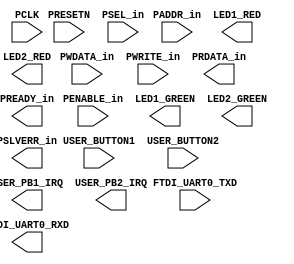
`timescale 1 ns/100 ps
// Version: 


module BasicIO_Interface(
       FTDI_UART0_TXD,
       PADDR_in,
       PCLK,
       PENABLE_in,
       PRESETN,
       PSEL_in,
       PWDATA_in,
       PWRITE_in,
       USER_BUTTON1,
       USER_BUTTON2,
       FTDI_UART0_RXD,
       LED1_GREEN,
       LED1_RED,
       LED2_GREEN,
       LED2_RED,
       PRDATA_in,
       PREADY_in,
       PSLVERR_in,
       USER_PB1_IRQ,
       USER_PB2_IRQ
    ) ;
/* synthesis syn_black_box

syn_tsu0 = " FTDI_UART0_TXD->PCLK = 0"
syn_tsu1 = " PADDR_in[0]->PCLK = 4.275"
syn_tsu2 = " PADDR_in[10]->PCLK = 4.357"
syn_tsu3 = " PADDR_in[11]->PCLK = 4.26"
syn_tsu4 = " PADDR_in[1]->PCLK = 4.157"
syn_tsu5 = " PADDR_in[2]->PCLK = 4.176"
syn_tsu6 = " PADDR_in[3]->PCLK = 4.149"
syn_tsu7 = " PADDR_in[4]->PCLK = 1.943"
syn_tsu8 = " PADDR_in[5]->PCLK = 1.692"
syn_tsu9 = " PADDR_in[6]->PCLK = 2.901"
syn_tsu10 = " PADDR_in[7]->PCLK = 2.849"
syn_tsu11 = " PADDR_in[8]->PCLK = 3.245"
syn_tsu12 = " PADDR_in[9]->PCLK = 4.475"
syn_tsu13 = " PENABLE_in->PCLK = 2.016"
syn_tsu14 = " PRESETN->PCLK = 0"
syn_tsu15 = " PSEL_in->PCLK = 4.208"
syn_tsu16 = " PWDATA_in[0]->PCLK = 0"
syn_tsu17 = " PWDATA_in[1]->PCLK = 0"
syn_tsu18 = " PWDATA_in[2]->PCLK = 0"
syn_tsu19 = " PWDATA_in[3]->PCLK = 0"
syn_tsu20 = " PWDATA_in[4]->PCLK = 0"
syn_tsu21 = " PWDATA_in[5]->PCLK = 0"
syn_tsu22 = " PWDATA_in[6]->PCLK = 0"
syn_tsu23 = " PWDATA_in[7]->PCLK = 0"
syn_tsu24 = " PWRITE_in->PCLK = 2.078"
syn_tsu25 = " USER_BUTTON1->PCLK = 0"
syn_tsu26 = " USER_BUTTON2->PCLK = 0"
syn_tpd0 = " PADDR_in[0]->PRDATA_in[0] = 8.198"
syn_tpd1 = " PADDR_in[0]->PRDATA_in[1] = 8.198"
syn_tpd2 = " PADDR_in[0]->PRDATA_in[2] = 5.939"
syn_tpd3 = " PADDR_in[0]->PRDATA_in[3] = 5.939"
syn_tpd4 = " PADDR_in[0]->PRDATA_in[4] = 5.939"
syn_tpd5 = " PADDR_in[0]->PRDATA_in[5] = 5.939"
syn_tpd6 = " PADDR_in[10]->PRDATA_in[0] = 4.541"
syn_tpd7 = " PADDR_in[10]->PRDATA_in[1] = 4.541"
syn_tpd8 = " PADDR_in[10]->PRDATA_in[2] = 5.503"
syn_tpd9 = " PADDR_in[10]->PRDATA_in[3] = 5.503"
syn_tpd10 = " PADDR_in[10]->PRDATA_in[4] = 5.503"
syn_tpd11 = " PADDR_in[10]->PRDATA_in[5] = 5.503"
syn_tpd12 = " PADDR_in[10]->PRDATA_in[6] = 4.488"
syn_tpd13 = " PADDR_in[10]->PRDATA_in[7] = 4.488"
syn_tpd14 = " PADDR_in[11]->PRDATA_in[0] = 4.444"
syn_tpd15 = " PADDR_in[11]->PRDATA_in[1] = 4.444"
syn_tpd16 = " PADDR_in[11]->PRDATA_in[2] = 5.406"
syn_tpd17 = " PADDR_in[11]->PRDATA_in[3] = 5.406"
syn_tpd18 = " PADDR_in[11]->PRDATA_in[4] = 5.406"
syn_tpd19 = " PADDR_in[11]->PRDATA_in[5] = 5.406"
syn_tpd20 = " PADDR_in[11]->PRDATA_in[6] = 4.391"
syn_tpd21 = " PADDR_in[11]->PRDATA_in[7] = 4.391"
syn_tpd22 = " PADDR_in[1]->PRDATA_in[0] = 8.080"
syn_tpd23 = " PADDR_in[1]->PRDATA_in[1] = 8.080"
syn_tpd24 = " PADDR_in[1]->PRDATA_in[2] = 5.821"
syn_tpd25 = " PADDR_in[1]->PRDATA_in[3] = 5.821"
syn_tpd26 = " PADDR_in[1]->PRDATA_in[4] = 5.821"
syn_tpd27 = " PADDR_in[1]->PRDATA_in[5] = 5.821"
syn_tpd28 = " PADDR_in[2]->PRDATA_in[0] = 8.108"
syn_tpd29 = " PADDR_in[2]->PRDATA_in[1] = 8.108"
syn_tpd30 = " PADDR_in[2]->PRDATA_in[2] = 5.840"
syn_tpd31 = " PADDR_in[2]->PRDATA_in[3] = 5.840"
syn_tpd32 = " PADDR_in[2]->PRDATA_in[4] = 5.840"
syn_tpd33 = " PADDR_in[2]->PRDATA_in[5] = 5.840"
syn_tpd34 = " PADDR_in[3]->PRDATA_in[0] = 8.075"
syn_tpd35 = " PADDR_in[3]->PRDATA_in[1] = 8.075"
syn_tpd36 = " PADDR_in[3]->PRDATA_in[2] = 5.813"
syn_tpd37 = " PADDR_in[3]->PRDATA_in[3] = 5.813"
syn_tpd38 = " PADDR_in[3]->PRDATA_in[4] = 5.813"
syn_tpd39 = " PADDR_in[3]->PRDATA_in[5] = 5.813"
syn_tpd40 = " PADDR_in[4]->PRDATA_in[0] = 5.792"
syn_tpd41 = " PADDR_in[4]->PRDATA_in[1] = 5.792"
syn_tpd42 = " PADDR_in[4]->PRDATA_in[2] = 3.506"
syn_tpd43 = " PADDR_in[4]->PRDATA_in[3] = 3.506"
syn_tpd44 = " PADDR_in[4]->PRDATA_in[4] = 3.506"
syn_tpd45 = " PADDR_in[4]->PRDATA_in[5] = 3.506"
syn_tpd46 = " PADDR_in[5]->PRDATA_in[0] = 5.613"
syn_tpd47 = " PADDR_in[5]->PRDATA_in[1] = 5.613"
syn_tpd48 = " PADDR_in[5]->PRDATA_in[2] = 3.354"
syn_tpd49 = " PADDR_in[5]->PRDATA_in[3] = 3.354"
syn_tpd50 = " PADDR_in[5]->PRDATA_in[4] = 3.354"
syn_tpd51 = " PADDR_in[5]->PRDATA_in[5] = 3.354"
syn_tpd52 = " PADDR_in[6]->PRDATA_in[0] = 6.842"
syn_tpd53 = " PADDR_in[6]->PRDATA_in[1] = 6.842"
syn_tpd54 = " PADDR_in[6]->PRDATA_in[2] = 4.565"
syn_tpd55 = " PADDR_in[6]->PRDATA_in[3] = 4.565"
syn_tpd56 = " PADDR_in[6]->PRDATA_in[4] = 4.565"
syn_tpd57 = " PADDR_in[6]->PRDATA_in[5] = 4.565"
syn_tpd58 = " PADDR_in[7]->PRDATA_in[0] = 6.772"
syn_tpd59 = " PADDR_in[7]->PRDATA_in[1] = 6.772"
syn_tpd60 = " PADDR_in[7]->PRDATA_in[2] = 4.513"
syn_tpd61 = " PADDR_in[7]->PRDATA_in[3] = 4.513"
syn_tpd62 = " PADDR_in[7]->PRDATA_in[4] = 4.513"
syn_tpd63 = " PADDR_in[7]->PRDATA_in[5] = 4.513"
syn_tpd64 = " PADDR_in[8]->PRDATA_in[0] = 3.429"
syn_tpd65 = " PADDR_in[8]->PRDATA_in[1] = 3.429"
syn_tpd66 = " PADDR_in[8]->PRDATA_in[2] = 4.391"
syn_tpd67 = " PADDR_in[8]->PRDATA_in[3] = 4.391"
syn_tpd68 = " PADDR_in[8]->PRDATA_in[4] = 4.391"
syn_tpd69 = " PADDR_in[8]->PRDATA_in[5] = 4.391"
syn_tpd70 = " PADDR_in[8]->PRDATA_in[6] = 3.376"
syn_tpd71 = " PADDR_in[8]->PRDATA_in[7] = 3.376"
syn_tpd72 = " PADDR_in[9]->PRDATA_in[0] = 4.659"
syn_tpd73 = " PADDR_in[9]->PRDATA_in[1] = 4.659"
syn_tpd74 = " PADDR_in[9]->PRDATA_in[2] = 5.621"
syn_tpd75 = " PADDR_in[9]->PRDATA_in[3] = 5.621"
syn_tpd76 = " PADDR_in[9]->PRDATA_in[4] = 5.621"
syn_tpd77 = " PADDR_in[9]->PRDATA_in[5] = 5.621"
syn_tpd78 = " PADDR_in[9]->PRDATA_in[6] = 4.606"
syn_tpd79 = " PADDR_in[9]->PRDATA_in[7] = 4.606"
syn_tco80 = " PCLK->FTDI_UART0_RXD = 4.166"
syn_tco81 = " PCLK->LED1_GREEN = 4.174"
syn_tco82 = " PCLK->LED1_RED = 4.174"
syn_tco83 = " PCLK->LED2_GREEN = 4.174"
syn_tco84 = " PCLK->LED2_RED = 4.174"
syn_tco85 = " PCLK->PRDATA_in[0] = 7.470"
syn_tco86 = " PCLK->PRDATA_in[1] = 7.382"
syn_tco87 = " PCLK->PRDATA_in[2] = 6.196"
syn_tco88 = " PCLK->PRDATA_in[3] = 6.196"
syn_tco89 = " PCLK->PRDATA_in[4] = 6.196"
syn_tco90 = " PCLK->PRDATA_in[5] = 6.196"
syn_tco91 = " PCLK->PRDATA_in[6] = 5.325"
syn_tco92 = " PCLK->PRDATA_in[7] = 5.325"
syn_tco93 = " PCLK->USER_PB1_IRQ = 4.182"
syn_tco94 = " PCLK->USER_PB2_IRQ = 4.182"
syn_tpd95 = " PSEL_in->PRDATA_in[0] = 4.392"
syn_tpd96 = " PSEL_in->PRDATA_in[1] = 4.392"
syn_tpd97 = " PSEL_in->PRDATA_in[2] = 5.354"
syn_tpd98 = " PSEL_in->PRDATA_in[3] = 5.354"
syn_tpd99 = " PSEL_in->PRDATA_in[4] = 5.354"
syn_tpd100 = " PSEL_in->PRDATA_in[5] = 5.354"
syn_tpd101 = " PSEL_in->PRDATA_in[6] = 4.339"
syn_tpd102 = " PSEL_in->PRDATA_in[7] = 4.339"
*/
/* synthesis black_box_pad_pin ="" */
input  FTDI_UART0_TXD;
input  [31:0] PADDR_in;
input  PCLK;
input  PENABLE_in;
input  PRESETN;
input  PSEL_in;
input  [31:0] PWDATA_in;
input  PWRITE_in;
input  USER_BUTTON1;
input  USER_BUTTON2;
output FTDI_UART0_RXD;
output LED1_GREEN;
output LED1_RED;
output LED2_GREEN;
output LED2_RED;
output [31:0] PRDATA_in;
output PREADY_in;
output PSLVERR_in;
output USER_PB1_IRQ;
output USER_PB2_IRQ;

endmodule